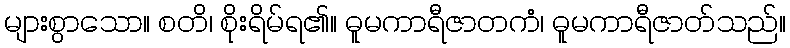
များစွာသော။ စတိ၊ စိုးရိမ်ရ၏။ ဓူမကာရီဇာတကံ၊ ဓူမကာရီဇာတ်သည်။